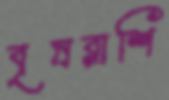
বৃষরাশি